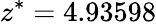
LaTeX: z^{*}=4.93598